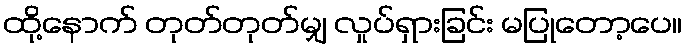
ထို့နောက် တုတ်တုတ်မျှ လှုပ်ရှားခြင်း မပြုတော့ပေ။